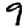
Digit: 9